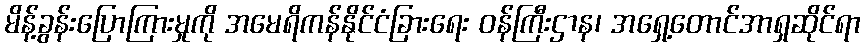
မိန့်ခွန်းပြောကြားမှုကို အမေရိကန်နိုင်ငံခြားရေး ဝန်ကြီးဌာန၊ အရှေ့တောင်အာရှဆိုင်ရာ